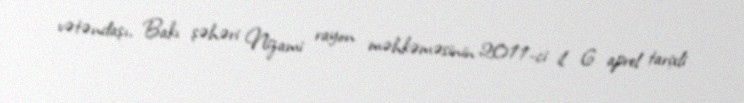
vətəndaşı, Bakı şəhəri Nizami rayon məhkəməsinin 2011-ci il 6 aprel tarixli